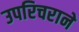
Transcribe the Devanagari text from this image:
उपरिचराने